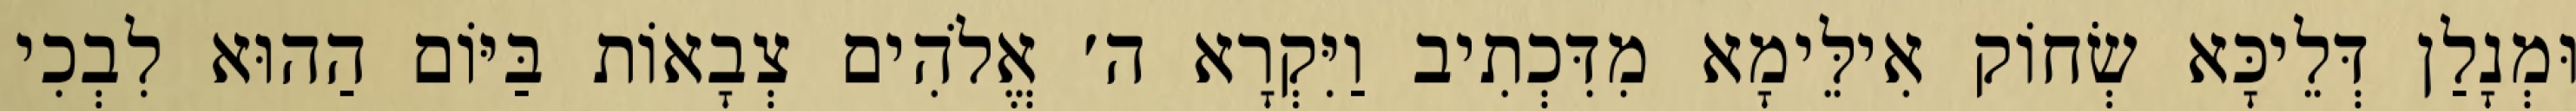
וּמְנָלַן דְּלֵיכָּא שְׂחוֹק אִילֵּימָא מִדִּכְתִיב וַיִּקְרָא ה׳ אֱלֹהִים צְבָאוֹת בַּיּוֹם הַהוּא לִבְכִי